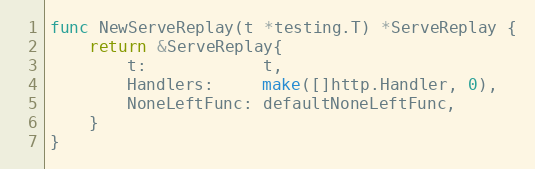
Language: Go
func NewServeReplay(t *testing.T) *ServeReplay {
	return &ServeReplay{
		t:            t,
		Handlers:     make([]http.Handler, 0),
		NoneLeftFunc: defaultNoneLeftFunc,
	}
}